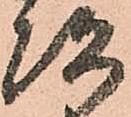
次